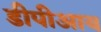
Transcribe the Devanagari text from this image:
डीपीआय